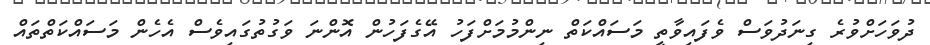
ދުވަހަށްވުރެ ގިނަދުވަސް ވެފައިވާތީ މަސައްކަތް ނިންމުމަށްފަހު އޭގެފަހުން އޮންނަ ވަގުތުގައިވެސް އެހެން މަސައްކަތްތައް